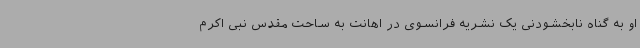
او به گناه نابخشودنی یک نشریه فرانسوی در اهانت به ساحت مقدس نبی اکرم